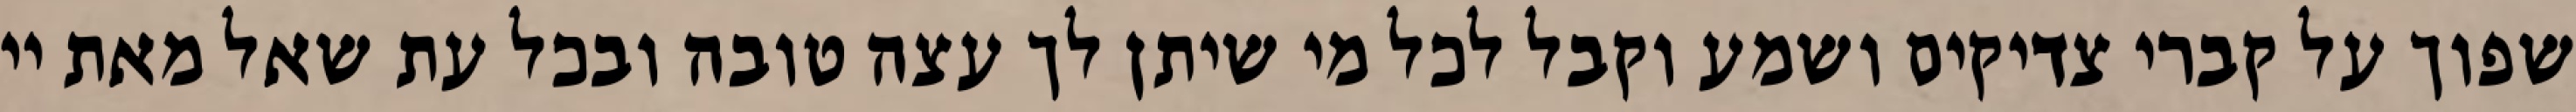
שפוך על קברי צדיקים ושמע וקבל לכל מי שיתן לך עצה טובה ובכל עת שאל מאת יי